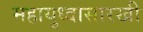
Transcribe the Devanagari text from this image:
महायुध्दासारखी